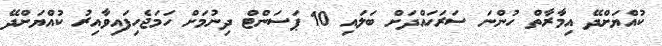
ކުއްޔަށްދޭ އިމާރާތް ހުންނަ ސަރަހައްދަށް ބަލައި 10 ޕަސަންޓް ދިނުމަށް ހަމަޖެހިފައިވާއިރު ކުއްޔަށްދޭ